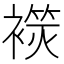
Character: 𧜬